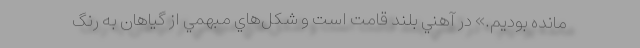
مانده بوديم.» در آهني بلند قامت است و شكل‌هاي مبهمي از گياهان به رنگ